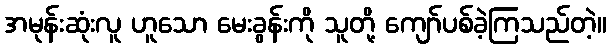
အမုန်းဆုံးလူ ဟူသော မေးခွန်းကို သူတို့ ကျော်ပစ်ခဲ့ကြသည်တဲ့။